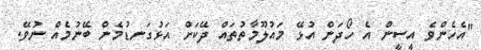
"އެހެންވެ އީސީން އެ ހޯދަން އުޅޭ މައުލޫމާތުތައް ދޭކަށް އަޅުގަނޑުމެން ބޭނުމެއް ނުވޭ.